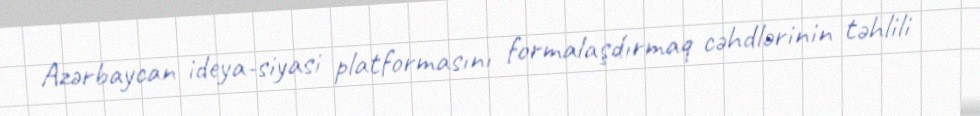
Azərbaycan ideya-siyasi platformasını formalaşdırmaq cəhdlərinin təhlili